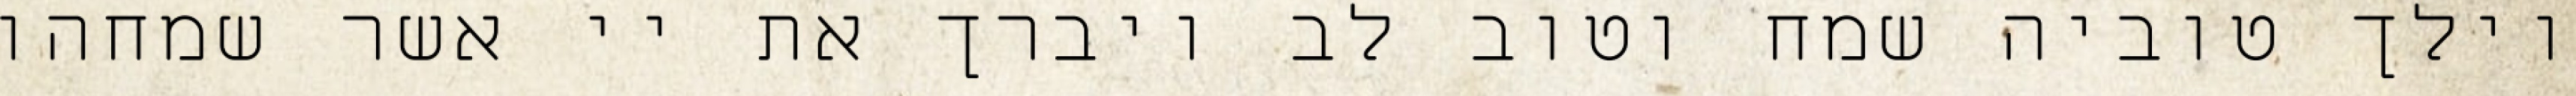
וילך טוביה שמח וטוב לב ויברך את יי אשר שמחהו